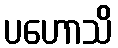
ပဟောသိ